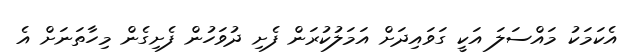
އެކަމަކު މައްސަލަ އަކީ ގަވައިދަށް އަމަލުކުރަން ފެށި ދުވަހުން ފެށިގެން މިހާތަނަށް އެ